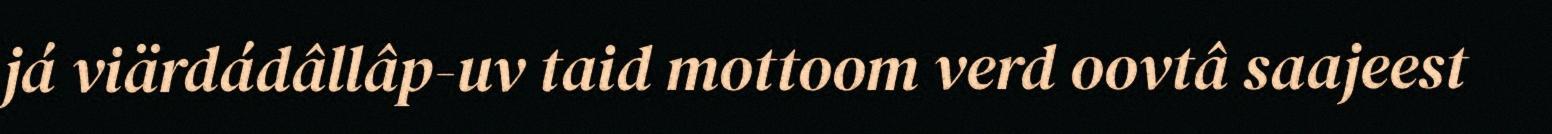
já viärdádâllâp-uv taid mottoom verd oovtâ saajeest